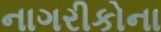
નાગરીકોના